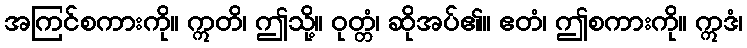
အကြင်စကားကို။ ဣတိ၊ ဤသို့။ ဝုတ္တံ၊ ဆိုအပ်၏။ ဧတံ၊ ဤစကားကို။ ဣဒံ၊